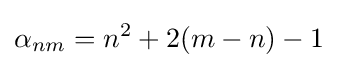
\alpha _{nm}=n^{2}+2(m-n)-1